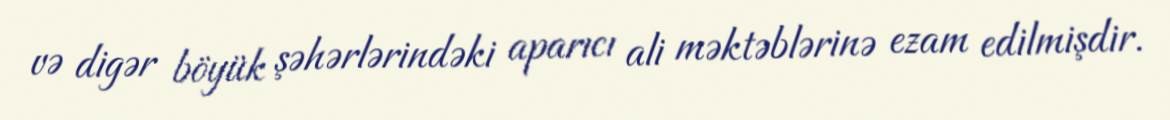
və digər böyük şəhərlərindəki aparıcı ali məktəblərinə ezam edilmişdir.